Lunatic asylums Punjab 1868-1880 - 1868-1880
Year: 1868
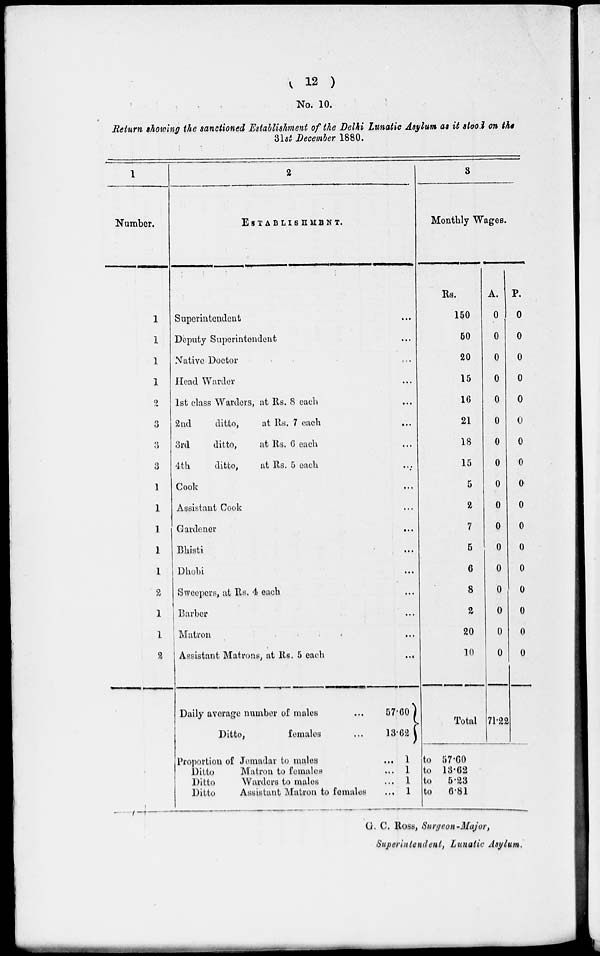
( 12 )
No. 10.
Return showing the sanctioned Establishment of the Delhi Lunatic Asylum as it stood on the
31st December 1880.
1
Number.
1
1
1
1
2
3
3
3
1
1
1
1
1
2
1
1
2
2
ESTABLISHMENT.
Superintendent ...
Deputy Superintendent ...
Native Doctor ...
Head Warder ...
1st class Warders, at Rs. 8 each ...
2nd
ditto,
at Rs. 7 each
...
3rd
ditto,
at Rs. 6 each ...
4th
ditto,
at Rs. 5 each ...
Cook ...
Assistant Cook ...
Gardener ...
Bhisti ...
Dhobi ...
Sweepers, at Rs. 4 each ...
Barber ...
Matron ...
Assistant Matrons, at Rs. 5 each
...
Daily average number of males
...
57.60
Ditto,
females
...
13.62
Proportion of Jemadar to males
....
1
Ditto
Matron to females
... 1
Ditto
Warders to males
... 1
Ditto
Assistant Matron to females
... 1
3
Monthly Wages.
Rs.
150
50
20
15
16
21
18
15
5
2
7
5
6
8
2
20
10
Total
A.
0
0
0
0
0
0
0
0
0
0
0
0
0
0
0
0
0
71.22
P.
0
0
0
0
0
0
0
0
0
0
0
0
0
0
0
0
0
to 57.60
to 13.62
to
5.23
to
6.81
G. C. Ross, Surgeon-Major,
Superintendent, Lunatic Asylum.